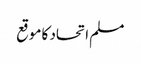
مسلم اتحاد کا موقع